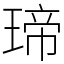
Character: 𤧛